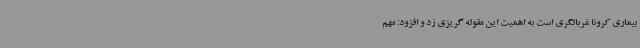
بیماری کرونا غربالگری است به اهمیت این مقوله گریزی زد و افزود: مهم